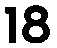
18